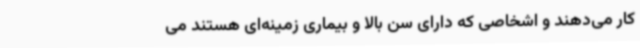
کار می‌دهند و اشخاصی که دارای سن بالا و بیماری زمینه‌ای هستند می